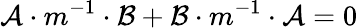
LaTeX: \mathcal{A}\cdot m^{-1}\cdot\mathcal{B}+\mathcal{B}\cdot m^{-1}\cdot\mathcal{A}=0